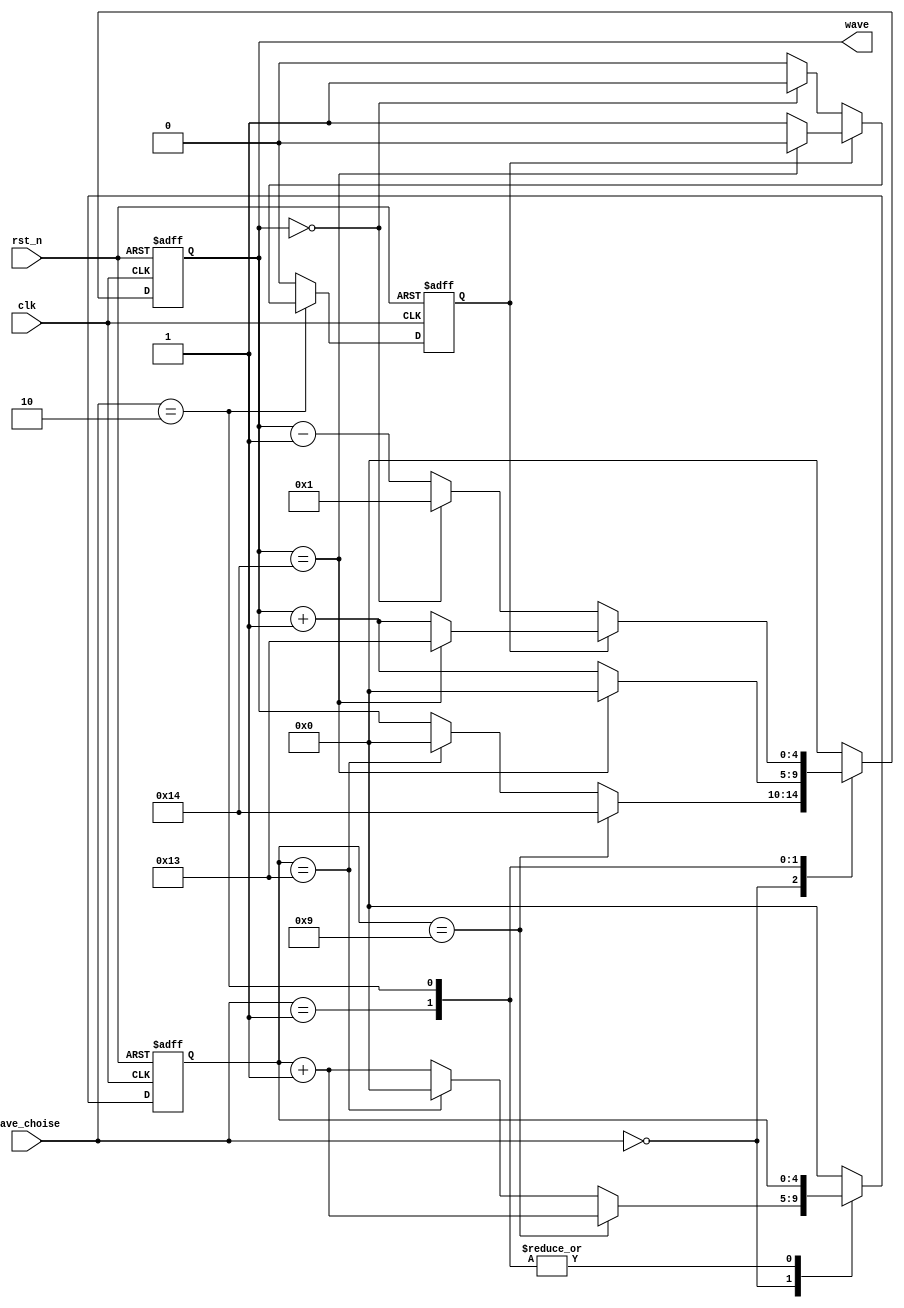
// ======================================================================
// Affiliation:			Tsinghua Univ
// Module Name:			signal_generator
// Description:			signal generator
// Additional Comments:	VL29 on nowcoder
// ======================================================================

`timescale 1ns/1ns

module signal_generator (
	input	wire				rst_n,
	input	wire				clk,
	input	wire	[1: 0]		wave_choise,
	output	wire	[4: 0]		wave
);

reg		[4: 0]		wave_reg;
reg		[4: 0]		cnt;
reg					incr_decr_flag;

assign	wave  =  wave_reg;

always @(posedge clk or negedge rst_n) begin
	if (~rst_n) begin
		wave_reg <= 5'd0;
		cnt <= 5'd0;
		incr_decr_flag <= 1'b0;	// decrease
	end
	else begin
		case (wave_choise)
			2'd0: begin		// square
				cnt <= cnt + 5'd1;
				if (cnt == 5'd9) begin
					wave_reg <= 5'd20;
				end
				else if (cnt == 5'd19) begin
					wave_reg <= 5'd0;
					cnt <= 5'd0;
				end
				incr_decr_flag <= 1'b0;
			end
			2'd1: begin		// sawtooth
				wave_reg <= wave_reg + 5'd1;
				if (wave_reg == 5'd20) begin
					wave_reg <= 5'd0;
				end
				incr_decr_flag <= 1'b0;
			end
			2'd2: begin		// triangular
				if (incr_decr_flag == 1'b0) begin
					wave_reg <= wave_reg - 5'd1;
					if (wave_reg == 5'd0) begin
						wave_reg <= 5'd1;
						incr_decr_flag <= 1'b1;
					end
				end
				else begin
					wave_reg <= wave_reg + 5'd1;
					if (wave_reg == 5'd20) begin
						wave_reg <= 5'd19;
						incr_decr_flag <= 1'b0;
					end
				end
			end
			default: begin
				wave_reg <= 5'd0;
				cnt <= 5'd0;
				incr_decr_flag <= 1'b0;
			end
		endcase
	end
end

endmodule